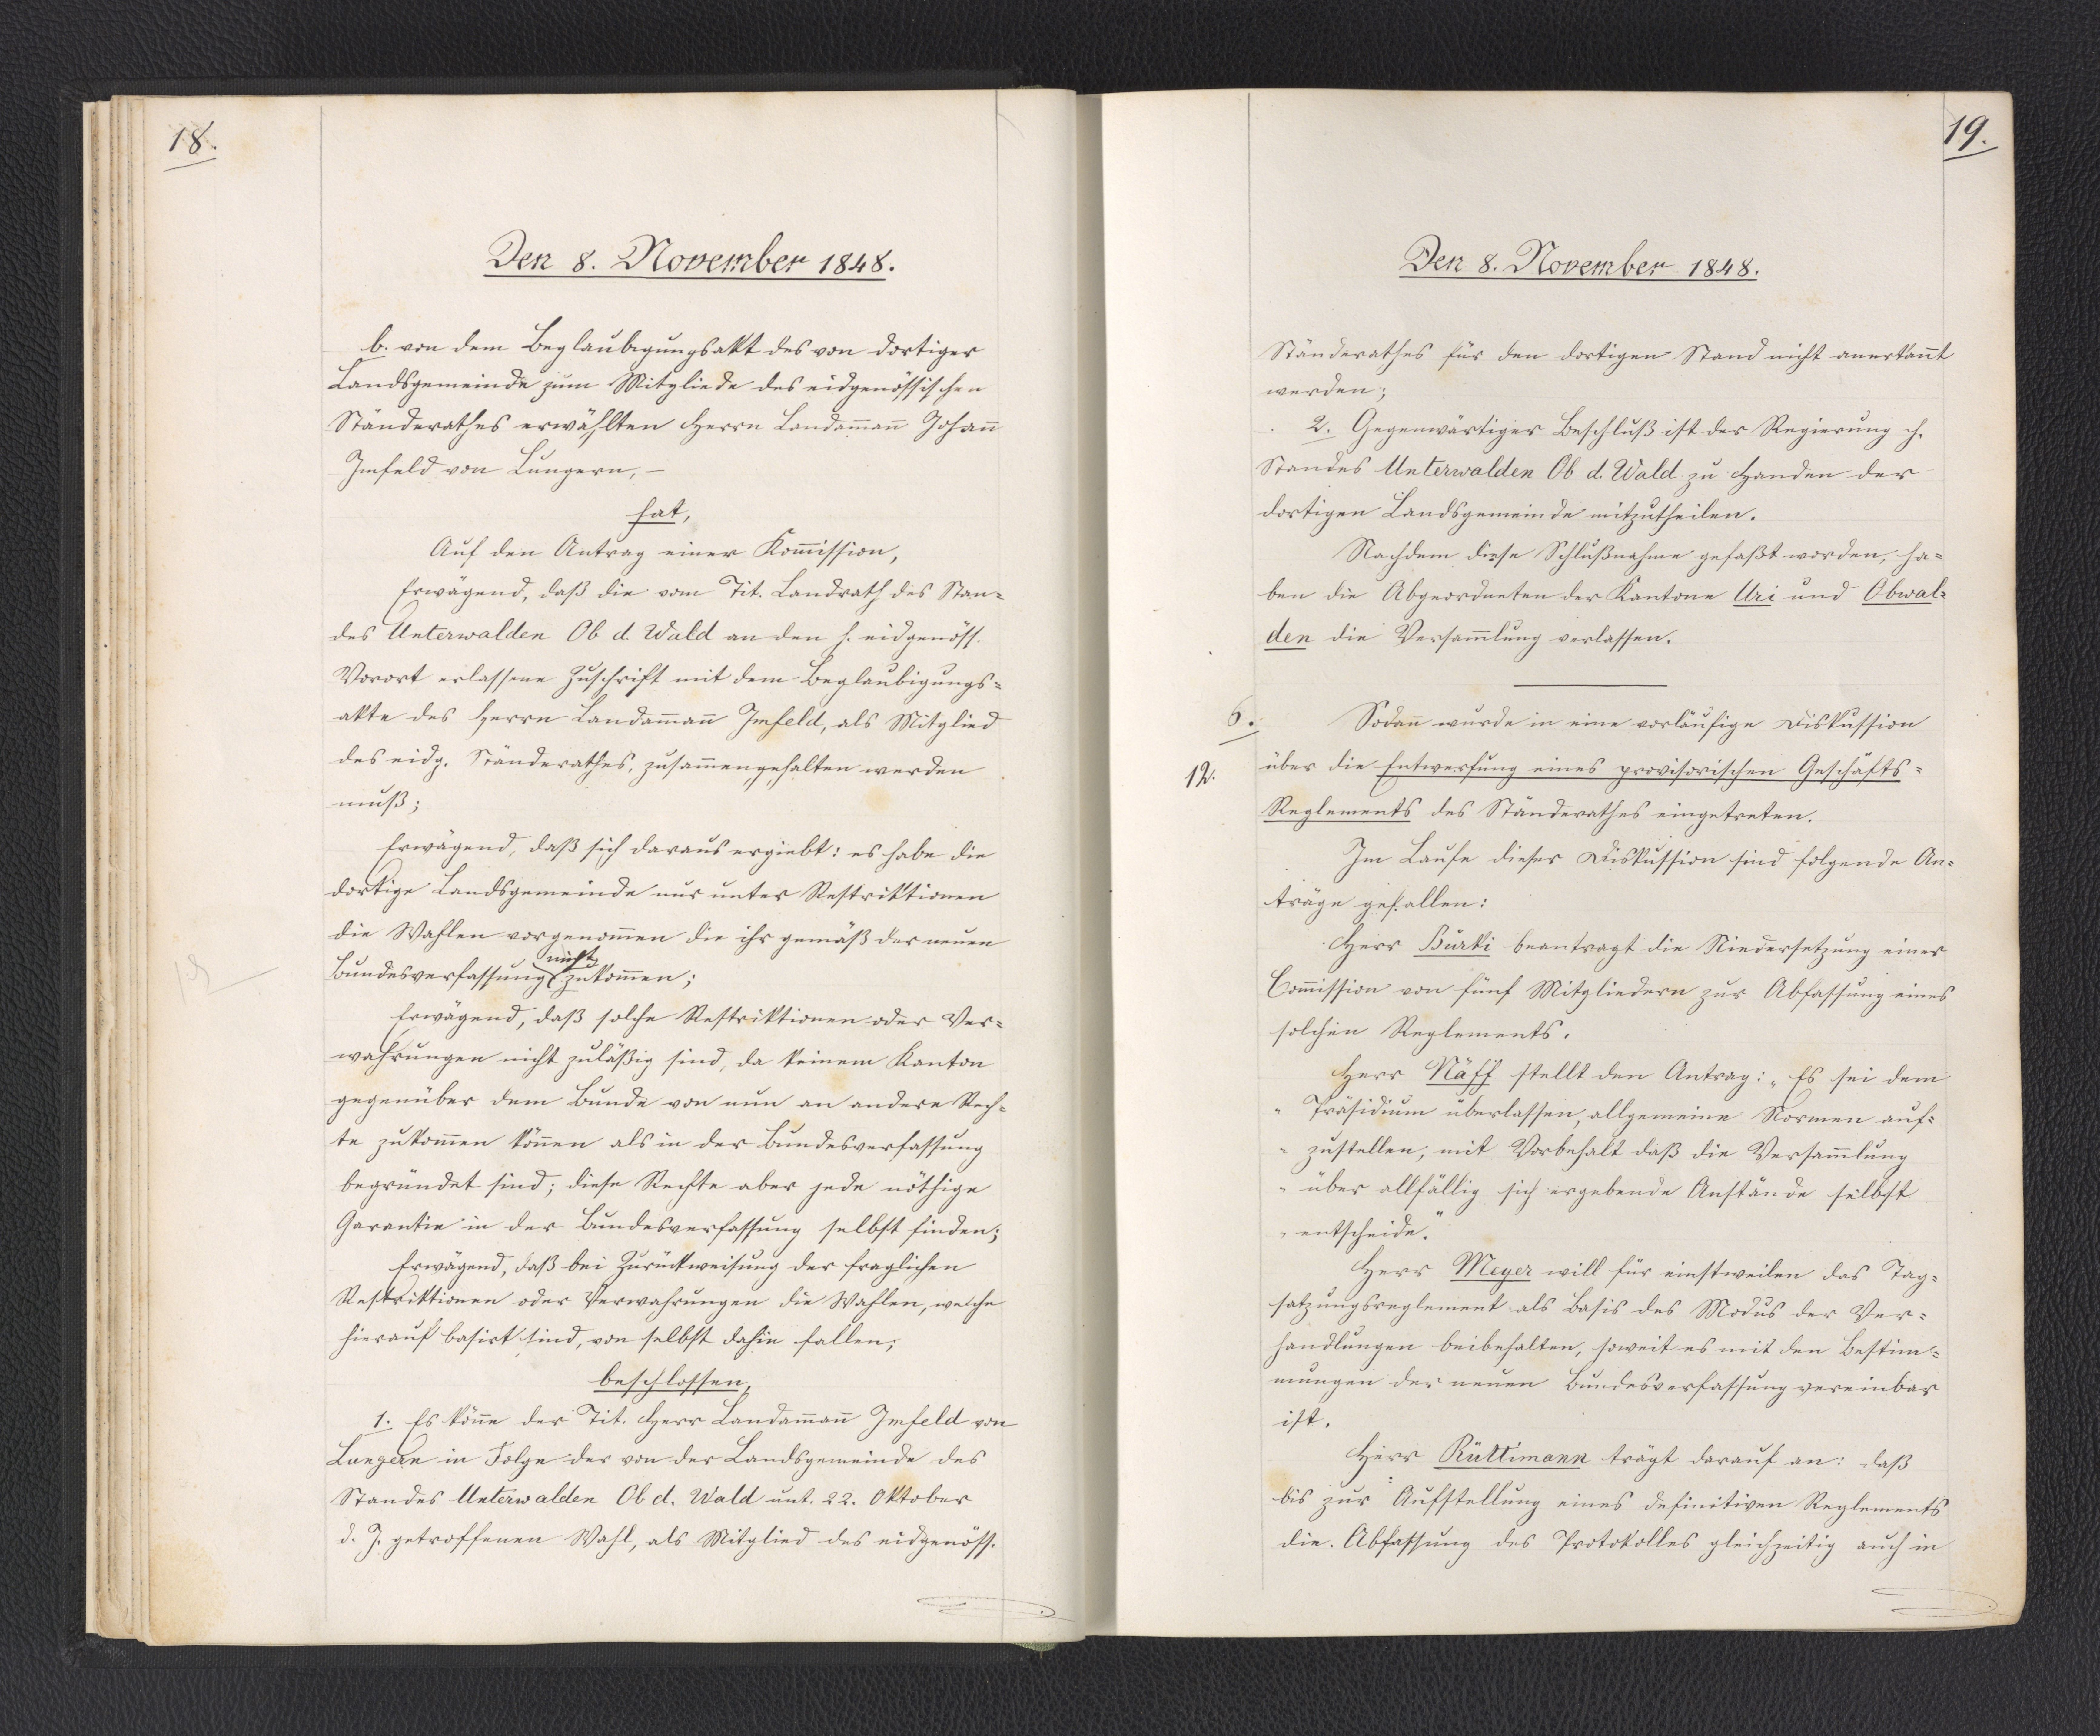
18.

Den 8. November 1848.

b. von dem Beglaubigungsakt des von dortiger
Landsgemeinde zum Mitgliede des eidgenössischen
Ständerathes erwählten Herrn Landammann Johann
Imfeld von Lungern, -
hat,
Auf den Antrag einer Kommission,
Erwägend, daß die vom Tit. Landrath des Stan¬
des Unterwalden Ob d. Wald an den h. eidgenöss.
Vorort erlassene Zuschrift mit dem Beglaubigungs¬
akte des Herrn Landammann Imfeld, als Mitglied
des eidg. Ständerathes, zusammengehalten werden
muß;
Erwägend, daß sich daraus ergiebt: es habe die
dortige Landsgemeinde nur unter Restriktionen
die Wahlen vorgenommen die ihr gemäß der neuen
Bundesverfassung * zukommen;
* nicht
Erwägend, daß solche Restriktionen oder Ver¬
wahrungen nicht zuläßig sind, da keinem Kanton
gegenüber dem Bunde von nun an andere Rech¬
te zukommen können als in der Bundesverfassung
begründet sind; diese Rechte aber jede nöthige
Garantie in der Bundesverfassung selbst finden;
Erwägend, daß bei Zurückweisung der fraglichen
Restriktionen oder Verwahrungen die Wahlen, welche
hierauf basirt sind, von selbst dahin fallen;
beschlossen,
1. Es könne der Tit. Herr Landammann Imfeld von
Lungern in Folge der von der Landsgemeinde des
Standes Unterwalden Obd. Wald mit 22. Oktober
d. J. getroffenen Wahl, als Mitglied des eidgenöss.

19.

Den 8. November 1848.

Ständerathes für den dortigen Stand nicht anerkannt
werden;
2. Gegenwärtiger Beschluß ist der Regierung h.
Standes Unterwalden Ob d. Wald zu Handen der
dortigen Landsgemeinde mitzutheilen.
Nachdem diese Schlußnahme gefaßt worden, ha¬
ben die Abgeordneten der Kantone Uri und Obwal¬
den die Versammlung verlassen.
Sodann wurde in eine vorläufige Diskussion
über die Entwerfung eines provisorischen Geschäfts¬
Reglements des Ständerathes eingetreten.
Im Laufe dieser Diskussion sind folgende An¬
träge gefallen:
Herr Bürki beantragt die Niedersetzung einer
Commission von fünf Mitgliedern zur Abfassung eines
solchen Reglements.
Herr Näff stellt den Antrag: "Es sei dem
Präsidium überlassen, allgemeine Normen auf¬
zustellen, mit Vorbehalt daß die Versammlung
über allfällig sich ergebende Anstände selbst
entscheide."
Herr Meyer will für einstweilen das Tag¬
satzungsreglement als Basis des Modus der Ver¬
handlungen beibehalten, soweit es mit den Bestim¬
mungen der neuen Bundesverfassung vereinbar
ist.
Herr Rüttimann trägt darauf an: daß
bis zur Aufstellung eines definitiven Reglements
die Abfassung des Protokolles gleichzeitig auch in

6.
12.